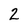
Character: 2